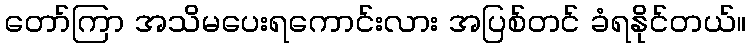
တော်ကြာ အသိမပေးရကောင်းလား အပြစ်တင် ခံရနိုင်တယ်။